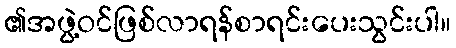
၏အဖွဲ့ဝင်ဖြစ်လာရန်စာရင်းပေးသွင်းပါ။